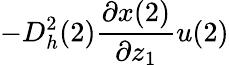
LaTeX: -D_{h}^{2}(2)\frac{\partial x(2)}{\partial z_{1}}u(2)